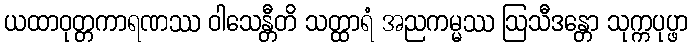
ယထာဝုတ္တကာရဏဿ ဝါသေန္တီတိ သတ္ထာရံ အညကမ္မဿ ဩသီဒန္တော သုက္ကပုပ္ဖာ